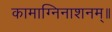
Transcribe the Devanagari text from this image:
कामाग्निनाशनम्॥